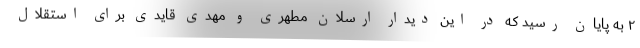
۲ به پایان رسید که در این دیدار ارسلان مطهری و مهدی قایدی برای استقلال